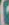
)